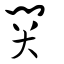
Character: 關